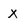
Character: x